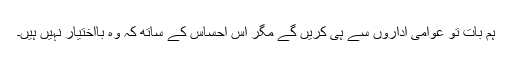
ہم بات تو عوامی اداروں سے ہی کریں گے مگر اس احساس کے ساتھ کہ وہ بااختیار نہیں ہیں۔